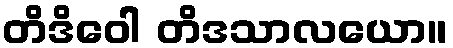
တိဒိဝေါ တိဒသာလယော။